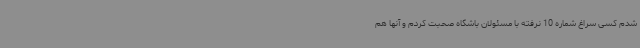
شدم کسی سراغ شماره 10 نرفته با مسئولان باشگاه صحبت کردم و آنها هم